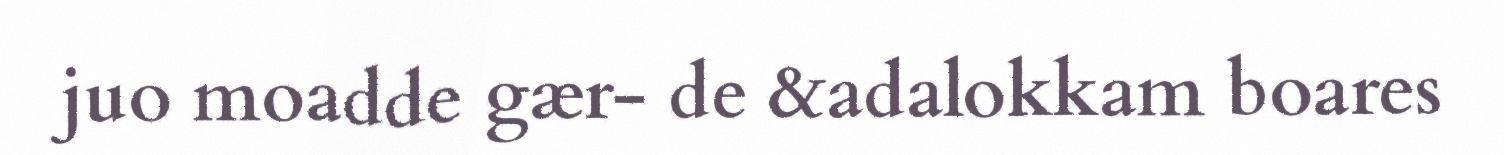
juo moadde gær- de &adalokkam boares